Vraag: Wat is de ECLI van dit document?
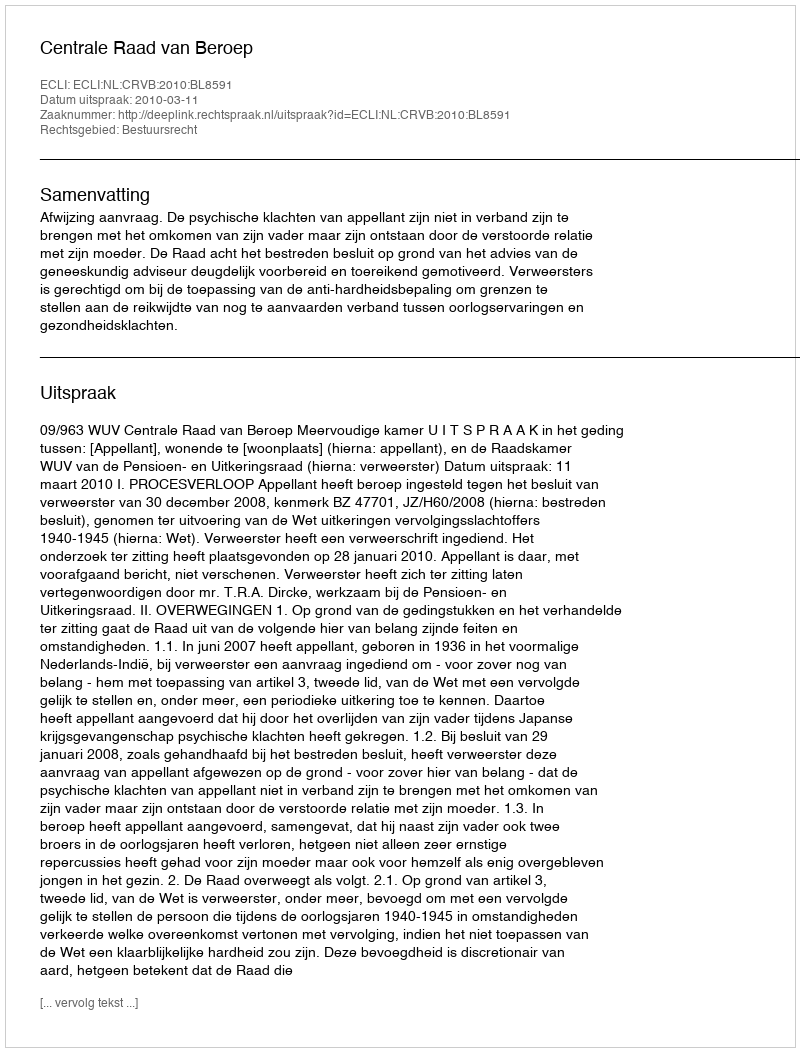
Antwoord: ECLI:NL:CRVB:2010:BL8591